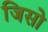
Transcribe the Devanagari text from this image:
जिसो